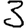
Digit: 3